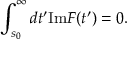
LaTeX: \int _ { s _ { 0 } } ^ { \infty } d t ^ { \prime } \mathrm { I m } F ( t ^ { \prime } ) = 0 .